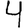
Digit: 4